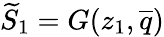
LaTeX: \widetilde{S}_{1}=G(z_{1},\overline{{q}})